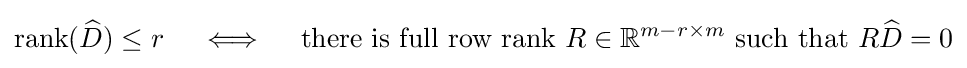
\operatorname {rank} ({\widehat {D}})\leq r\quad \iff \quad {\text{there is full row rank }}R\in \mathbb {R} ^{m-r\times m}{\text{ such that }}R{\widehat {D}}=0